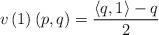
LaTeX: \begin{align*}v\left(1\right)\left(p,q\right)=\frac{\left<q,1\right>-q}{2}\end{align*}